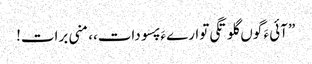
” آئی ءَ گوں گلوتگی توارے ءَ پسو دات،، منی برات!